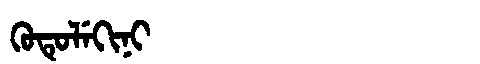
Manchu: ᡴᡠᡨᡠᠯᡝᡴᡳᠨᡳ
Romanization: KUTULEKINI